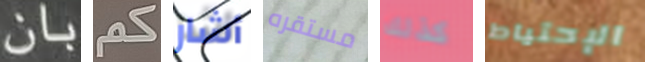
بان كم أشار مستقره كذلك الإحتياط